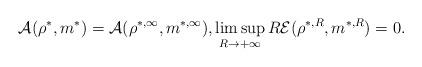
LaTeX: \begin{align*}&\mathcal A(\rho^*,m^*)=\mathcal A(\rho^{*,\infty},m^{*,\infty}), \limsup_{R\to +\infty} R \mathcal E(\rho^{*,R},m^{*,R})=0.\end{align*}